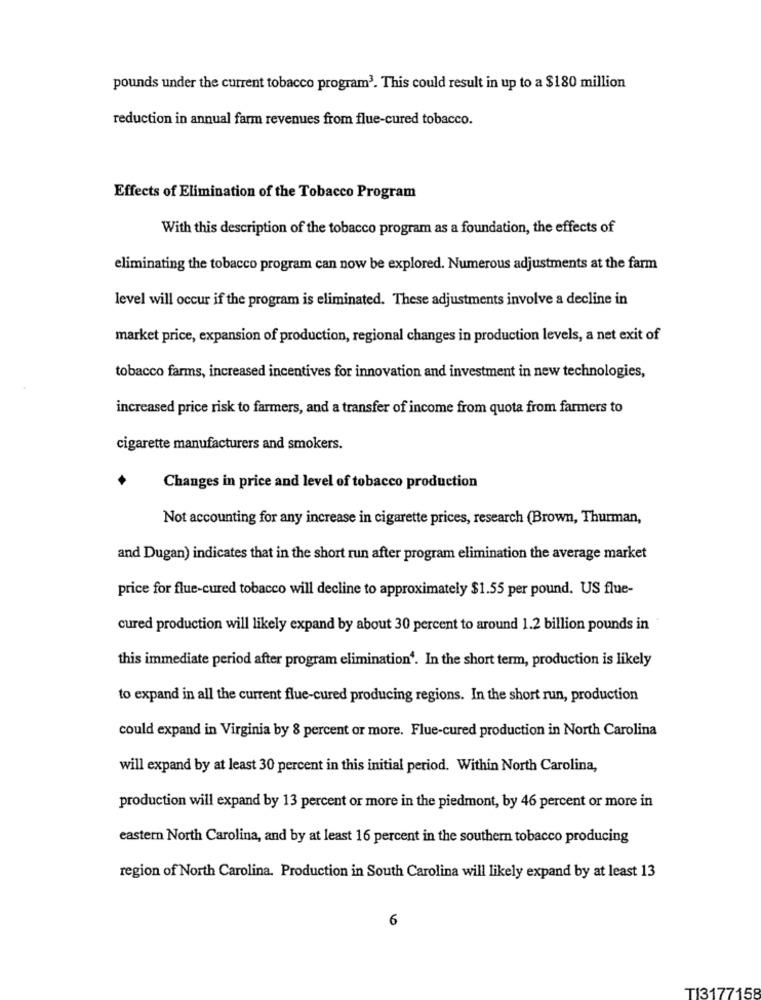
pounds under the current tobacco program3. This could result in up to a $180 million
reduction in annual farm revenues from flue-cured tobacco.
Effects of Elimination of the Tobacco Program
With this description of the tobacco program as a foundation, the effects of
eliminating the tobacco program can now be explored. Numerous adjustments at the farm
level will occur if the program is eliminated. These adjustments involve a decline in
market price, expansion of production, regional changes in production levels, a net exit of
tobacco farms, increased incentives for innovation and investment in new technologies,
increased price risk to farmers, and a transfer of income from quota from farmers to
cigarette manufacturers and smokers.
Changes in price and level of tobacco production
Not accounting for any increase in cigarette prices, research (Brown, Thurman,
and Dugan) indicates that in the short run after program elimination the average market
price for flue-cured tobacco will decline to approximately $1.55 per pound. US flue-
cured production will likely expand by about 30 percent to around 1.2 billion pounds in
this immediate period after program elimination'. In the short term, production is likely
to expand in all the current flue-cured producing regions. In the short run, production
could expand in Virginia by 8 percent or more. Flue-cured production in North Carolina
will expand by at least 30 percent in this initial period. Within North Carolina,
production will expand by 13 percent or more in the piedmont, by 46 percent or more in
eastern North Carolina, and by at least 16 percent in the southern tobacco producing
region of North Carolina. Production in South Carolina will likely expand by at least 13
6
TI3177158